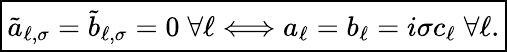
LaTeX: \begin{array}{r}{\boxed{\tilde{a}_{\ell,\sigma}=\tilde{b}_{\ell,\sigma}=0\; \forall\ell\Longleftrightarrow a_{\ell}=b_{\ell}=i\sigma c_{\ell}\; \forall\ell.}}\end{array}